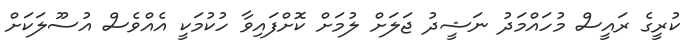
ކުރީގެ ރައީސް މުހައްމަދު ނަޝީދު ޖަލަށް ލުމަށް ކޮށްފައިވާ ހުކުމަކީ އެއްވެސް އުސޫލަކަށް